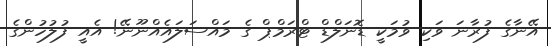
އޭނާގެ ފުރާނަ ވަކި ވުމަކީ ޑޮނަލްޑް ޓްރަމްޕް ގެ މައްސަލައެއްނޫނޭ! އެއީ ފުލުހުންގެ